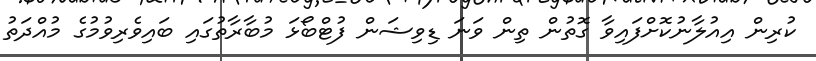
ކުރިން އިއުލާނުކޮށްފައިވާ ގޮތުން ތިން ވަނަ ޑިވިޝަން ފުޓްބޯޅަ މުބާރާތުގައި ބައިވެރިވުމުގެ މުއްދަތު